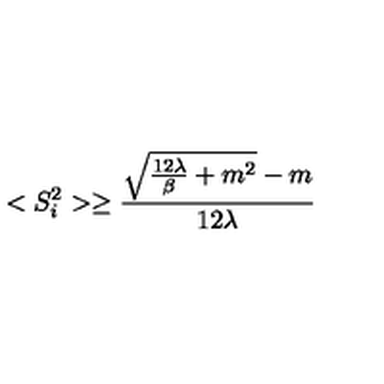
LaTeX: < S _ { i } ^ { 2 } > \ge \frac { { \sqrt { \frac { 1 2 \lambda } { \beta } + m ^ { 2 } } } - m } { 1 2 \lambda }